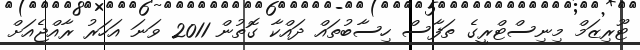
ޓޫރިޒަމް މިނިސްޓްރީގެ ތަފާސް ހިސާބުތައް ދައްކާ ގޮތުން 2011 ވަނަ އަހަރު ރާއްޖެއަށް